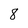
Character: 8